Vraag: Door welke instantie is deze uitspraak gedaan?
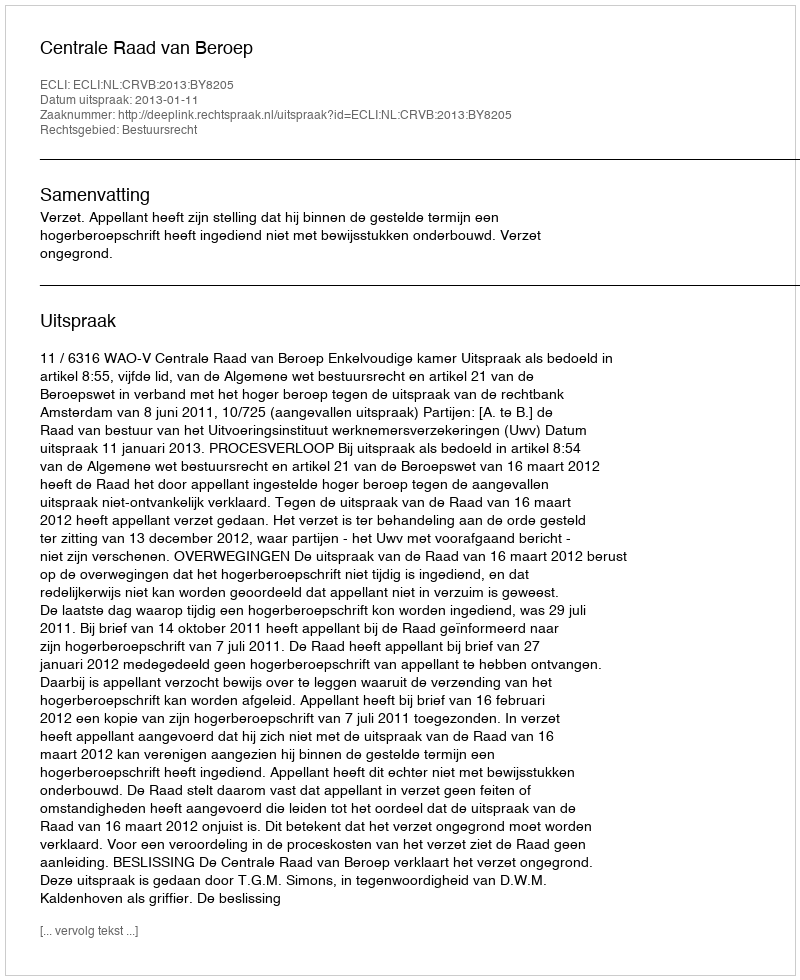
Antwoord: Centrale Raad van Beroep